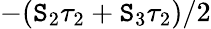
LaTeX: -(\mathtt{S}_{2}\tau_{2}+\mathtt{S}_{3}\tau_{2})/2